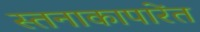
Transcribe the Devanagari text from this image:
स्तनाकापारेंत